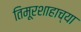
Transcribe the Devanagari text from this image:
तिमूरशाहाच्या